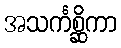
အသင်္ကစ္ဆိကာ